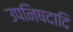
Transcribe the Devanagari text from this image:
उपनिषदादि